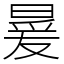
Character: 㬊